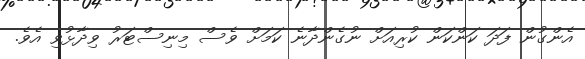
އެންގުން ފަދަ ކަންކަން ކުރިއަށް ނުގެންދާނެ ކަމަށް ވެސް މިނިސްޓަރު ވިދާޅުވި އެވެ.